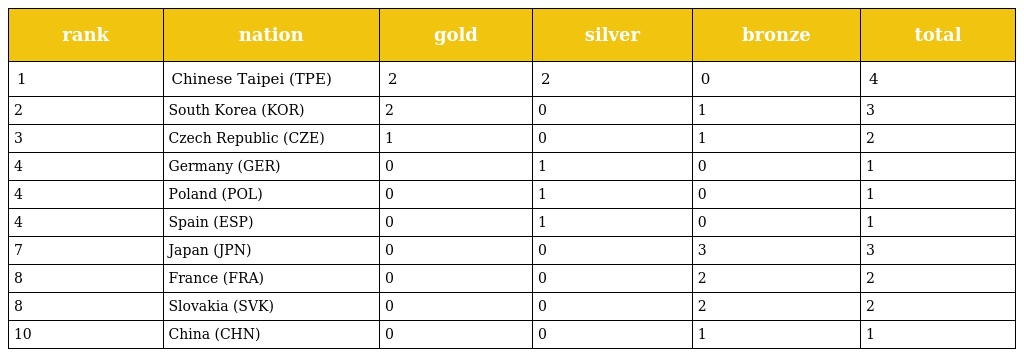
| rank | nation | gold | silver | bronze | total |
 | --- | --- | --- | --- | --- | --- |
 | 1 | Chinese Taipei (TPE) | 2 | 2 | 0 | 4 |
 | 2 | South Korea (KOR) | 2 | 0 | 1 | 3 |
 | 3 | Czech Republic (CZE) | 1 | 0 | 1 | 2 |
 | 4 | Germany (GER) | 0 | 1 | 0 | 1 |
 | 4 | Poland (POL) | 0 | 1 | 0 | 1 |
 | 4 | Spain (ESP) | 0 | 1 | 0 | 1 |
 | 7 | Japan (JPN) | 0 | 0 | 3 | 3 |
 | 8 | France (FRA) | 0 | 0 | 2 | 2 |
 | 8 | Slovakia (SVK) | 0 | 0 | 2 | 2 |
 | 10 | China (CHN) | 0 | 0 | 1 | 1 |